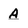
Character: A